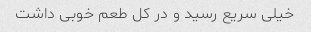
خیلی سریع رسید و در کل طعم خوبی داشت